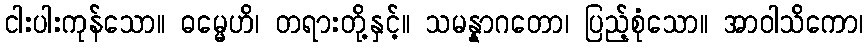
ငါးပါးကုန်သော။ ဓမ္မေဟိ၊ တရားတို့နှင့်။ သမန္နာဂတော၊ ပြည့်စုံသော။ အာဝါသိကော၊